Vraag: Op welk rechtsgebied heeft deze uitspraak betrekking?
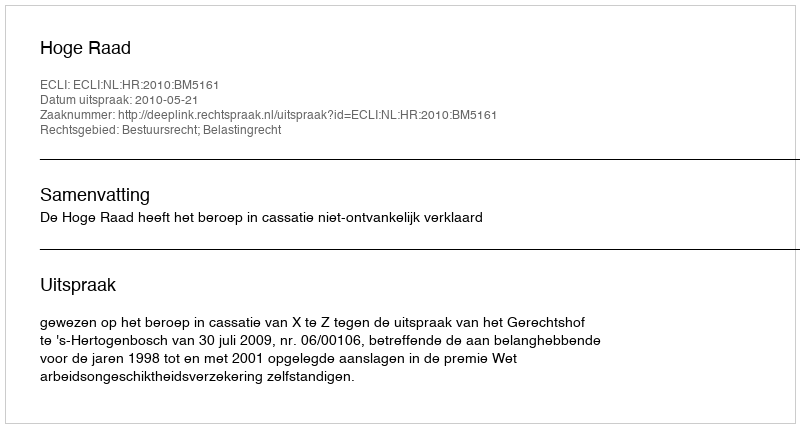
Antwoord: Bestuursrecht; Belastingrecht